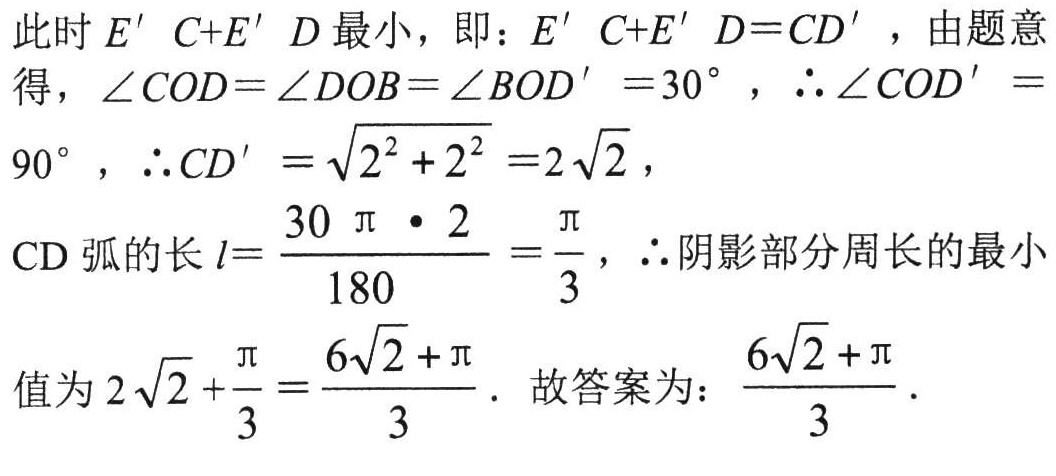
此时 \(E' C+E' D\) 最小，即：\(E' C+E' D = CD'\)，由题意得，\(\angle COD=\angle DOB=\angle BOD' = 30^{\circ}\)，\(\therefore \angle COD' = 90^{\circ}\)，\(\therefore CD'=\sqrt{2^{2} + 2^{2}} = 2\sqrt{2}\)，

CD 弧的长 \(l = \frac{30\pi\cdot 2}{180}=\frac{\pi}{3}\)，\(\therefore\)阴影部分周长的最小值为 \(2\sqrt{2}+\frac{\pi}{3}=\frac{6\sqrt{2}+\pi}{3}\)．故答案为：\(\frac{6\sqrt{2}+\pi}{3}\)．